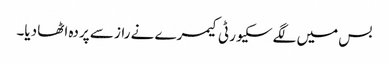
بس میں لگے سکیورٹی کیمرے نے راز سے پردہ اٹھا دیا۔